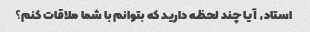
استاد، آیا چند لحظه دارید که بتوانم با شما ملاقات کنم؟